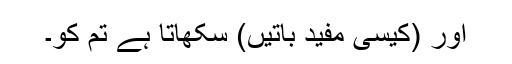
اور (کیسی مفید باتیں) سکھاتا ہے تم کو۔